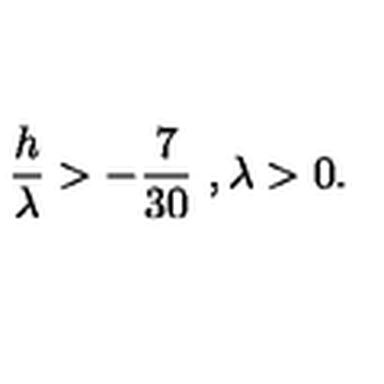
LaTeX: { \frac { h } { \lambda } } > - { \frac { 7 } { 3 0 } } \ , \lambda > 0 .